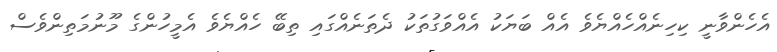
އެހެންވާނީ ކިހިނެއްހެއްޔެވެ އެއް ބަޔަކު އެއްވަގުތަކު ދެތަނެއްގައި ތިބޭ ހެއްޔެވެ އެމީހުންގެ މޫނުމަތިންވެސް